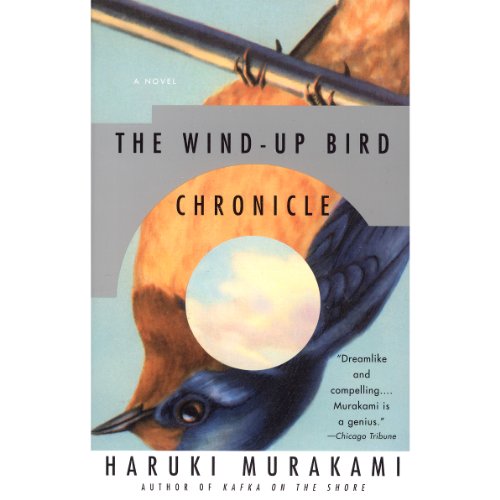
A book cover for The Wind-Up Bird Chronicle: A Novel; Haruki Murakami; Science Fiction & Fantasy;